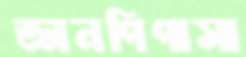
জ্ঞানপিপাসা